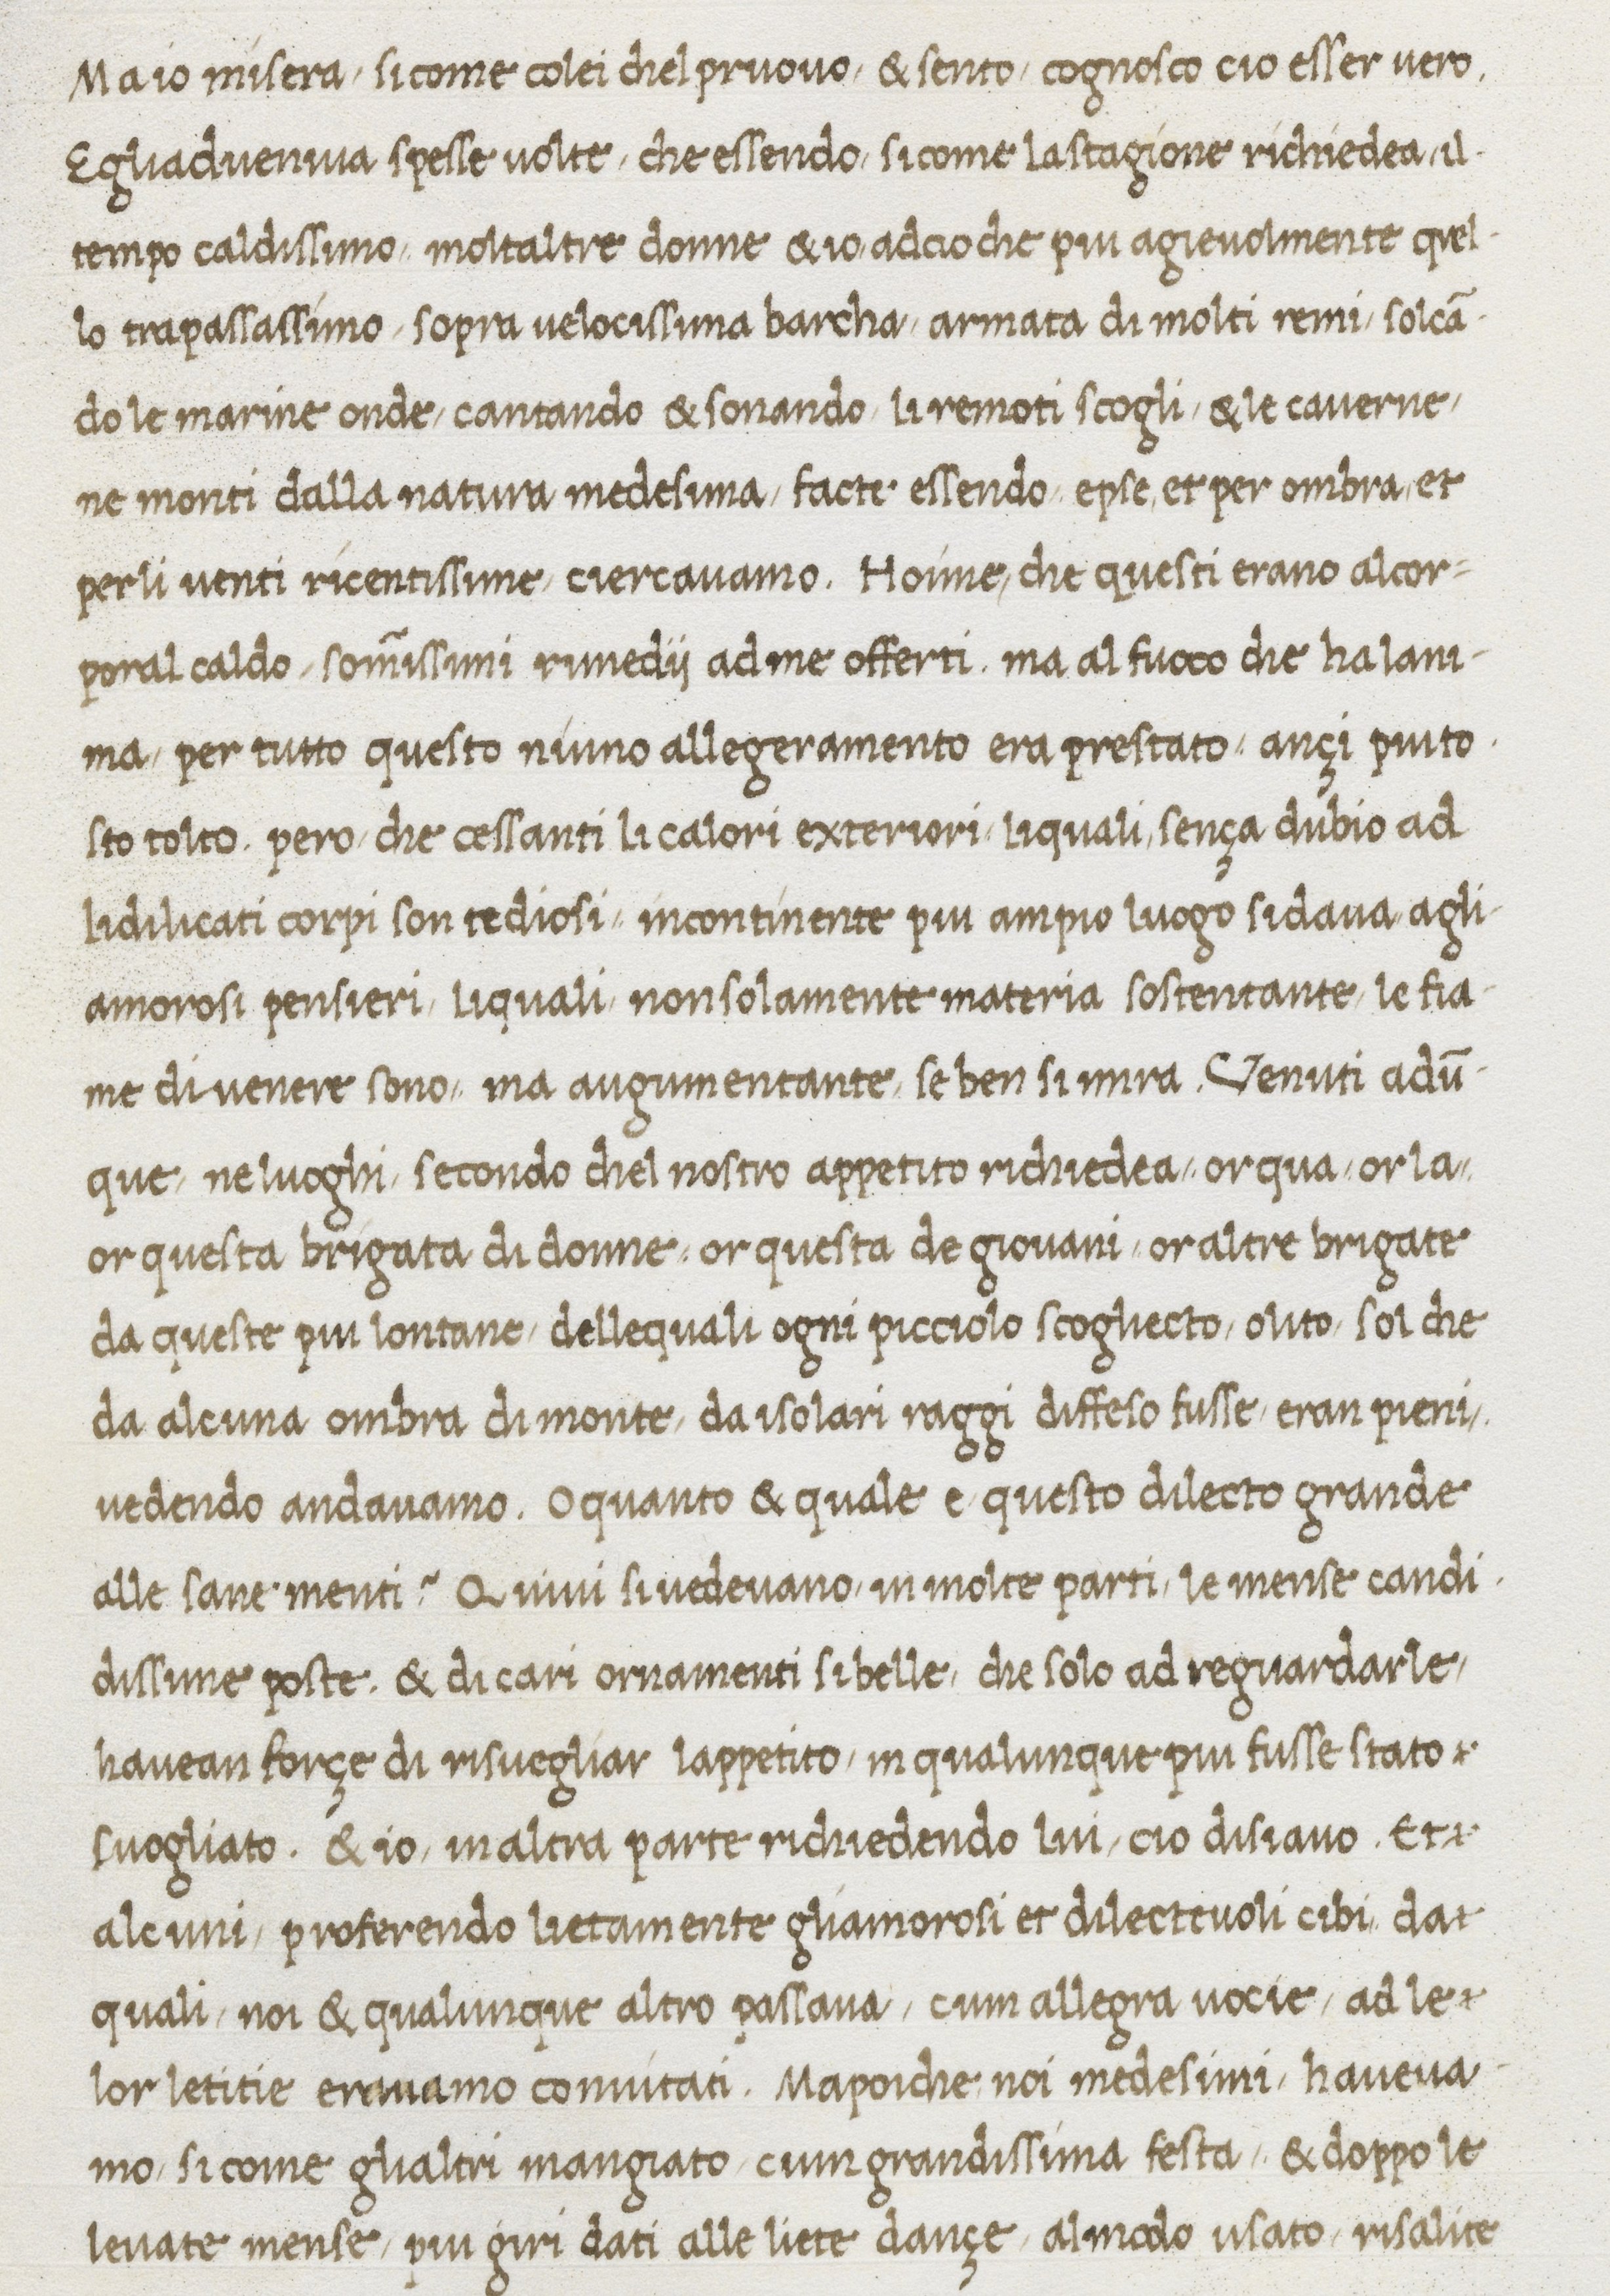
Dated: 1467–1467